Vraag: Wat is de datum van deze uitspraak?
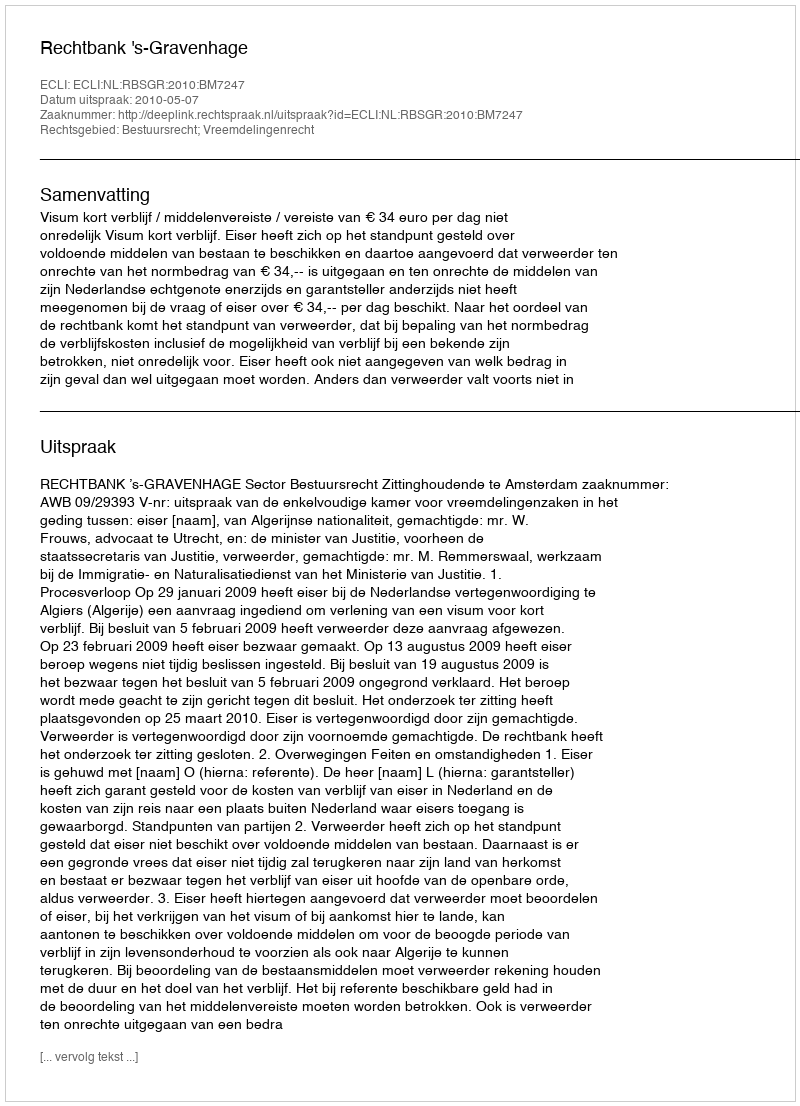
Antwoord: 2010-05-07